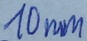
Text: 10mm